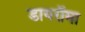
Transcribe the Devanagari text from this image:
डायरॉमा